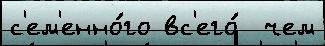
с'ем'енно́го вс'его́  чем